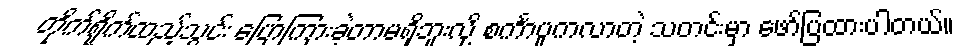
တိုက်ရိုက်ထည့်သွင်း ပြောကြားခဲ့တာမရှိဘူးလို့ စင်္ကာပူကလာတဲ့ သတင်းမှာ ဖော်ပြထားပါတယ်။